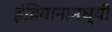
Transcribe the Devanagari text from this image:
इंडियानामध्यी